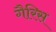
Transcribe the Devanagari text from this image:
गैरिस